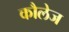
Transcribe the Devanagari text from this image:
कौलेज